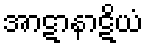
အာဋာနာဋိယံ